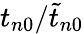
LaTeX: t_{n0}/\widetilde t_{n0}